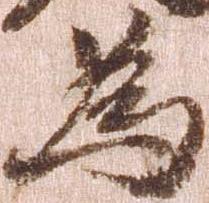
為